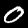
Label: 0